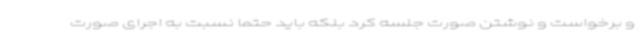
و برخواست و نوشتن صورت جلسه کرد بلکه باید حتما نسبت به اجرای صورت